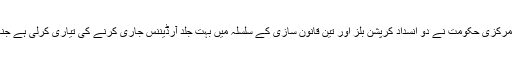
فروری (سیاست ڈاٹ کام) راہول گاندھی کی ایماء پر مرکزی حکومت نے دو انسداد کرپشن بلز اور تین قانون سازی کے سلسلہ میں بہت جلد آرڈیننس جاری کرنے کی تیاری کرلی ہے جنہیں حالیہ پارلیمنٹ سیشن میں منظوری نہیں مل سکی۔